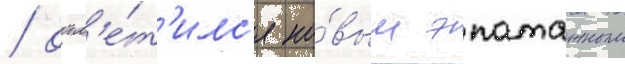
/ отм'е́т'илс'я но́вым эпатажным